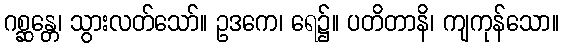
ဂစ္ဆန္တေ၊ သွားလတ်သော်။ ဥဒကေ၊ ရေ၌။ ပတိတာနိ၊ ကျကုန်သော။